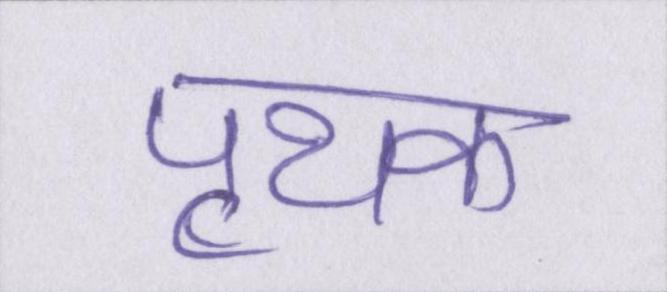
पृथक